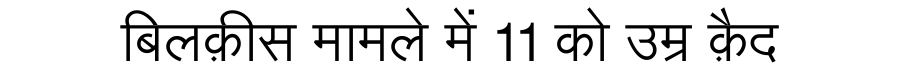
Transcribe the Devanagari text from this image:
बिलक़ीस मामले में 11 को उम्र क़ैद